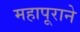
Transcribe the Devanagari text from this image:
महापूराने